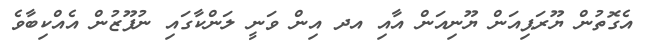
އެގޮތުން ޔޫރަޕިއަން ޔޫނިއަން އާއި އދ އިން ވަނީ ލަންކާގައި ނުފޫޒުން އެއްކިބާވެ